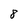
Character: 8